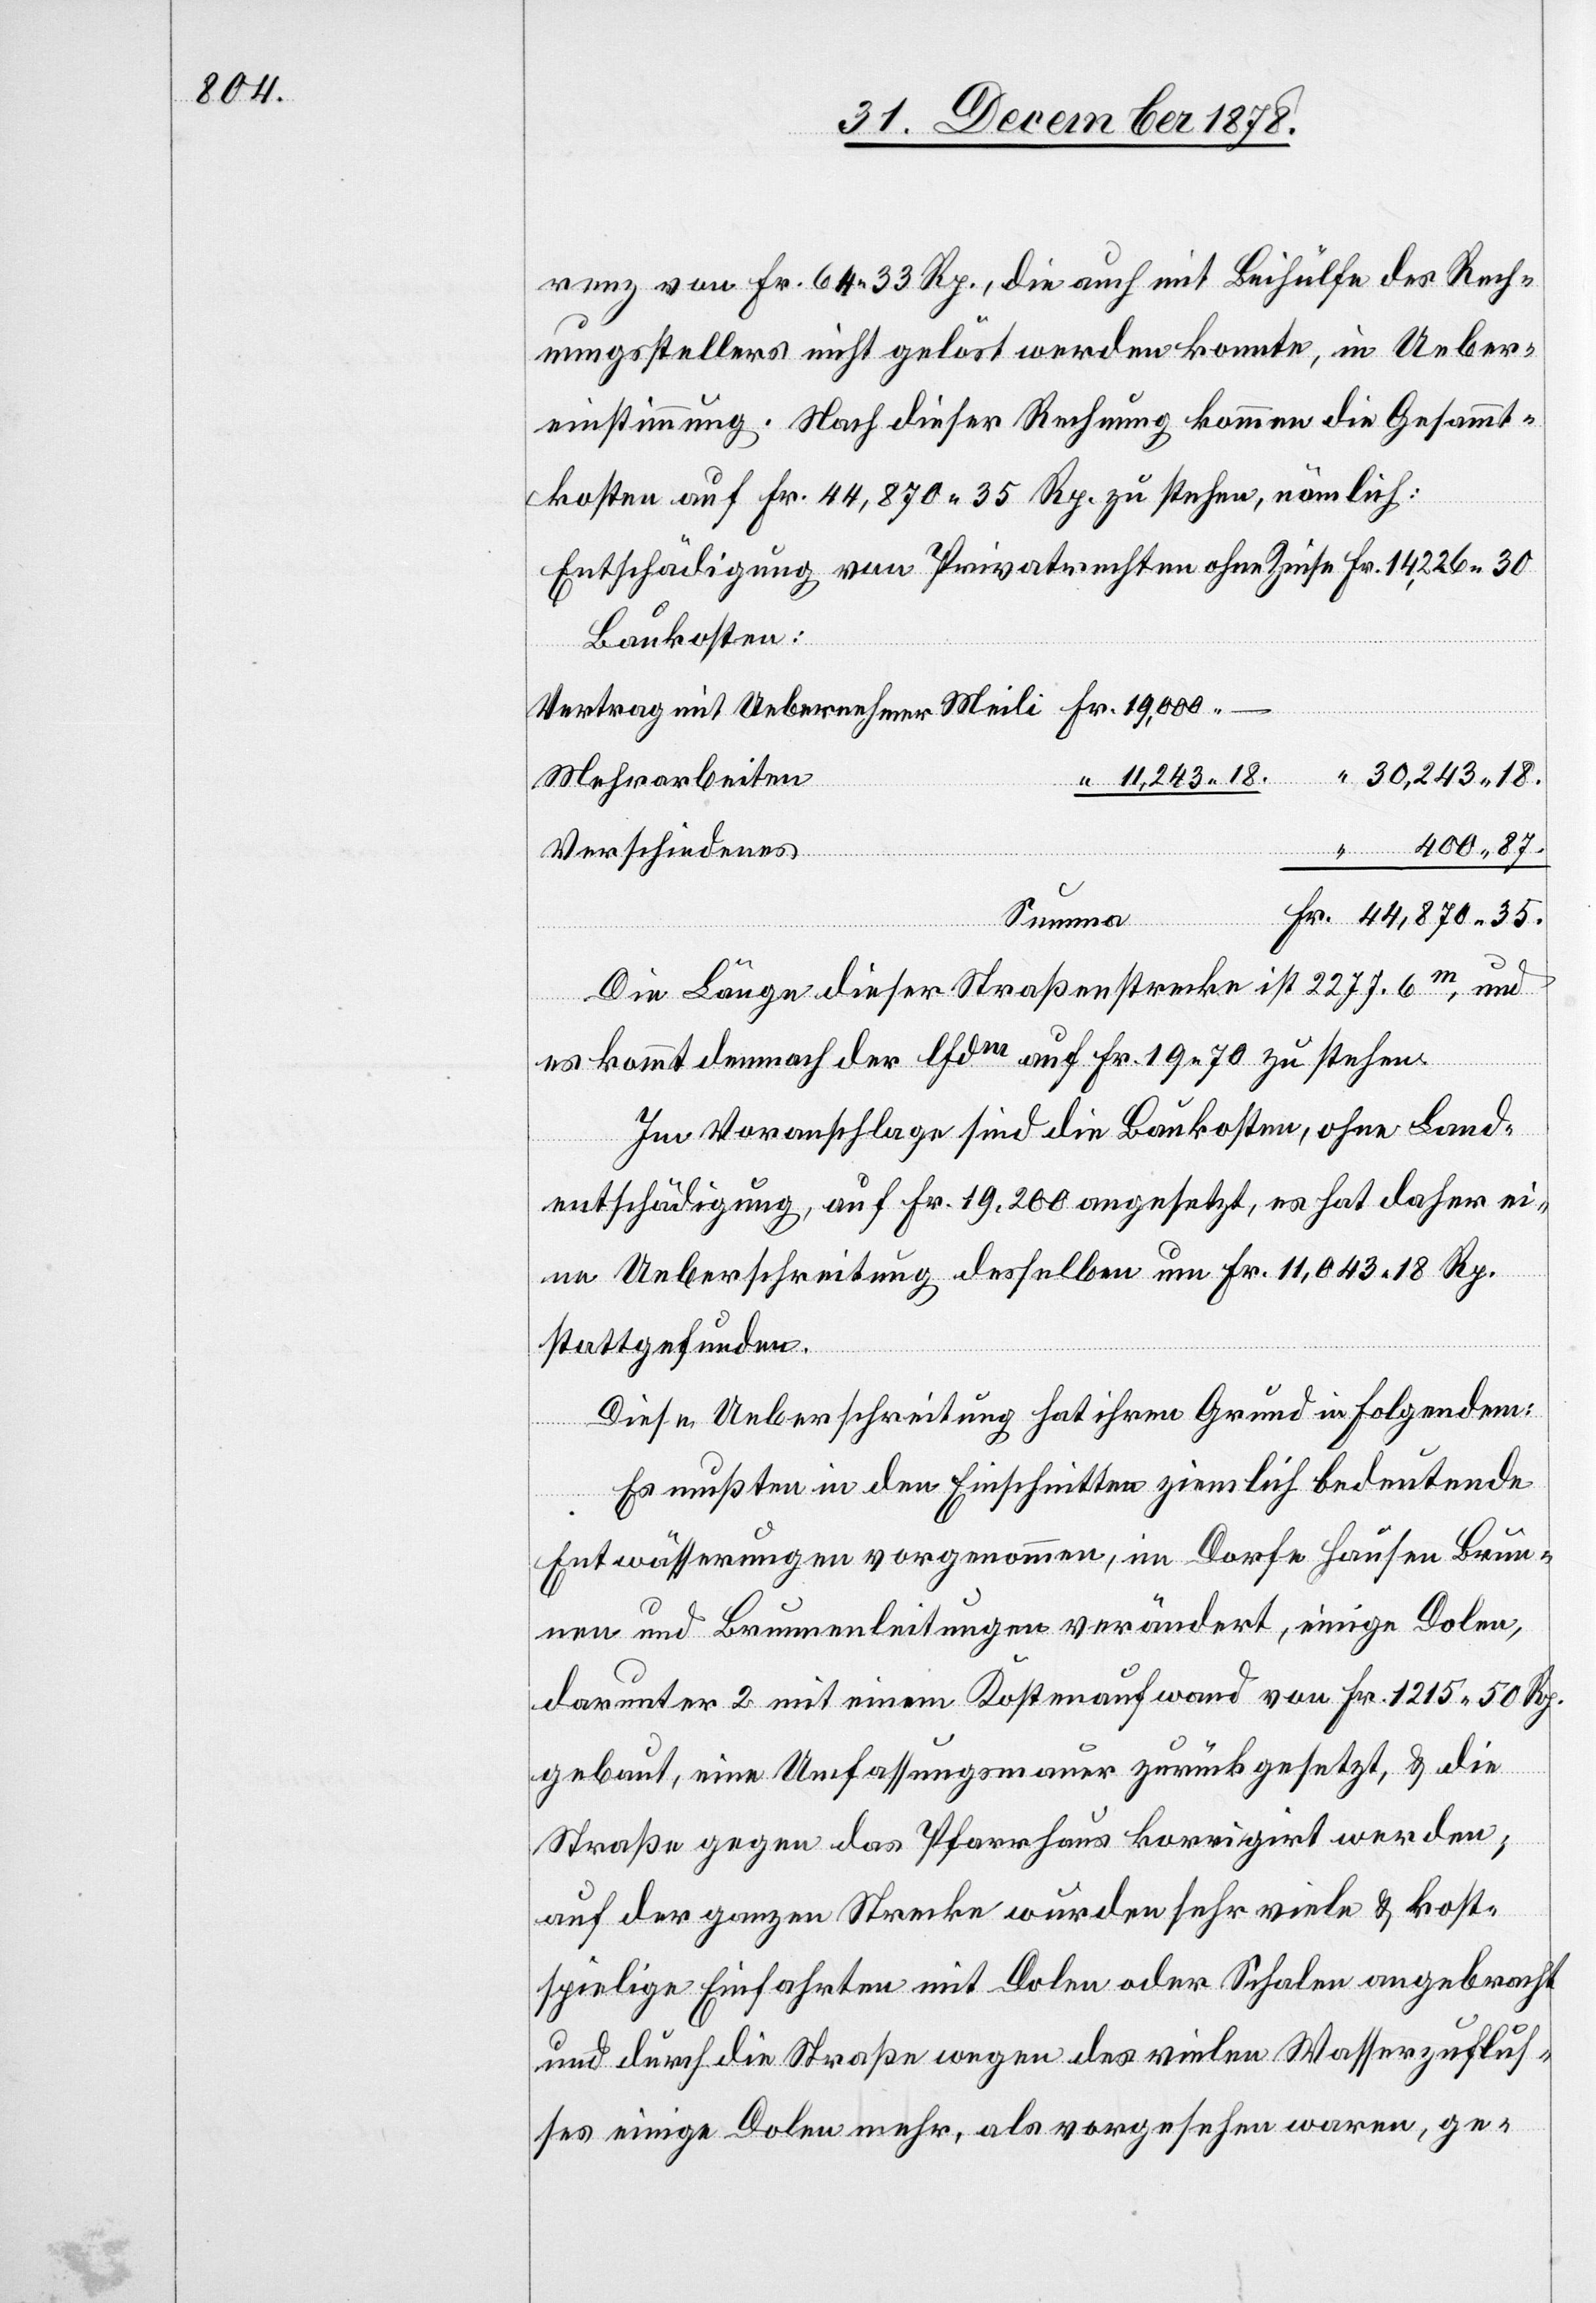
renz von Fr. 64 33 Rp., die auch mit Beihülfe des Rech¬
nungsstellers nicht gelöst werden konnte, in Ueber¬
einstimmung. Nach dieser Rechnung kommen die Gesammt¬
kosten auf Fr. 44,870 35 Rp. zu stehen, nämlich:
Entschädigung von Privatrechten ohne Zinse Fr. 14,226 30.
Baukosten:
mit
Fr.
Mehrarbeiten
Verschiedenes
Summa
35.
Die Länge dieser Straßenstrecke ist 2277.6m, und
“
es kommt demnach der lfdm auf Fr. 19 70 zu stehen.
Im Voranschlage sind die Baukosten, ohne Land¬
entschädigung, auf Fr. 19,200 angesetzt, es hat daher ei¬
ne Ueberschreitung desselben um Fr. 11,043 18 Rp.
stattgefunden.
Diese Ueberschreitung hat ihren Grund in folgendem:
Es mußten in den Einschnitten zinslich bedeutende
Entwässerungen vorgenommen, im Dorfe Hausen Brun¬
nen und Brunnenleitungen verändert, einige Dolen,
darunter 2 mit einem Kostenaufwand von Fr. 1215 50 Rp.
gebaut, eine Umfassungsmauer zurückgesetzt, & die
Straße gegen das Pfarrhaus korrigirt werden;
auf der ganzen Strecke wurden sehr viele & kost¬
spielige Einfahrten mit Dolen oder Schalen angebracht
und durch die Straße wegen des vielen Wasserzuflus¬
ses einige Dolen mehr, als vorgesehen waren, ge-